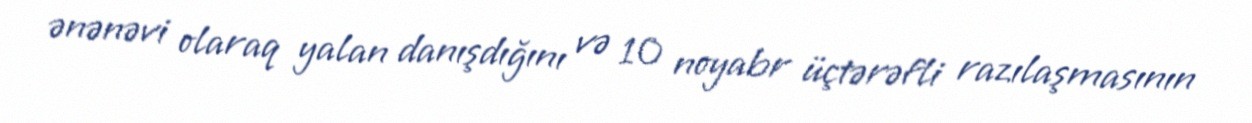
ənənəvi olaraq yalan danışdığını və 10 noyabr üçtərəfli razılaşmasının